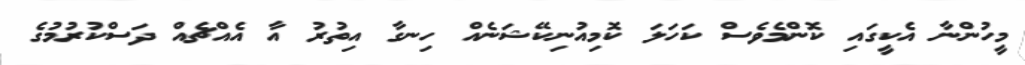
މީހުންނާ އެކީގައި ކޮންމެވެސް ކަހަލަ ކޮމިއުނިކޭޝަނެއް ހިނގާ އިތުރު އާ އެއްޗެއް ދަސްކުރުމުގެ